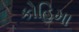
કોહિમા